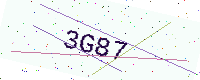
Text: 3G87